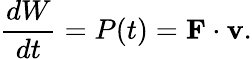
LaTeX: {\frac{dW}{dt}}=P(t)=\mathbf{F}\cdot\mathbf{v}.